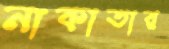
নাকাতার